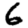
Digit: 6